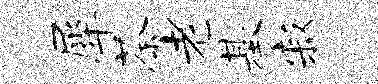
犀荼老基寂